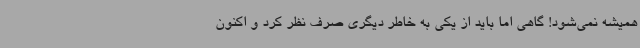
همیشه نمی‌شود! گاهی اما باید از یکی به خاطر دیگری صرف نظر کرد و اکنون